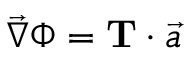
\vec { \nabla } \Phi = \mathbf { T } \cdot \Vec { a }